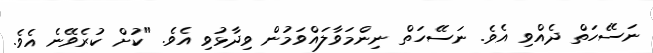
ނަސޭހަތް ދެއްވި އެވެ. ނަސޭހަތް ނިންމަވާލައްވަމުން ވިދާޅުވި އެވެ. "ކުށް ކުރެވޭނެ އެވެ.